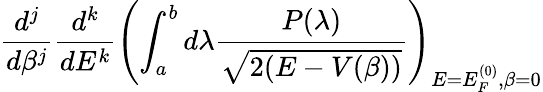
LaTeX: \frac{d^{j}}{d\beta^{j}}\frac{d^{k}}{dE^{k}}\left(\int_{a}^{b}d\lambda\frac{P(\lambda)}{\sqrt{2(E-V(\beta))}}\right)_{E=E_{F}^{(0)},\beta=0}